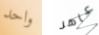
واحد عاهر